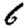
Digit: 6